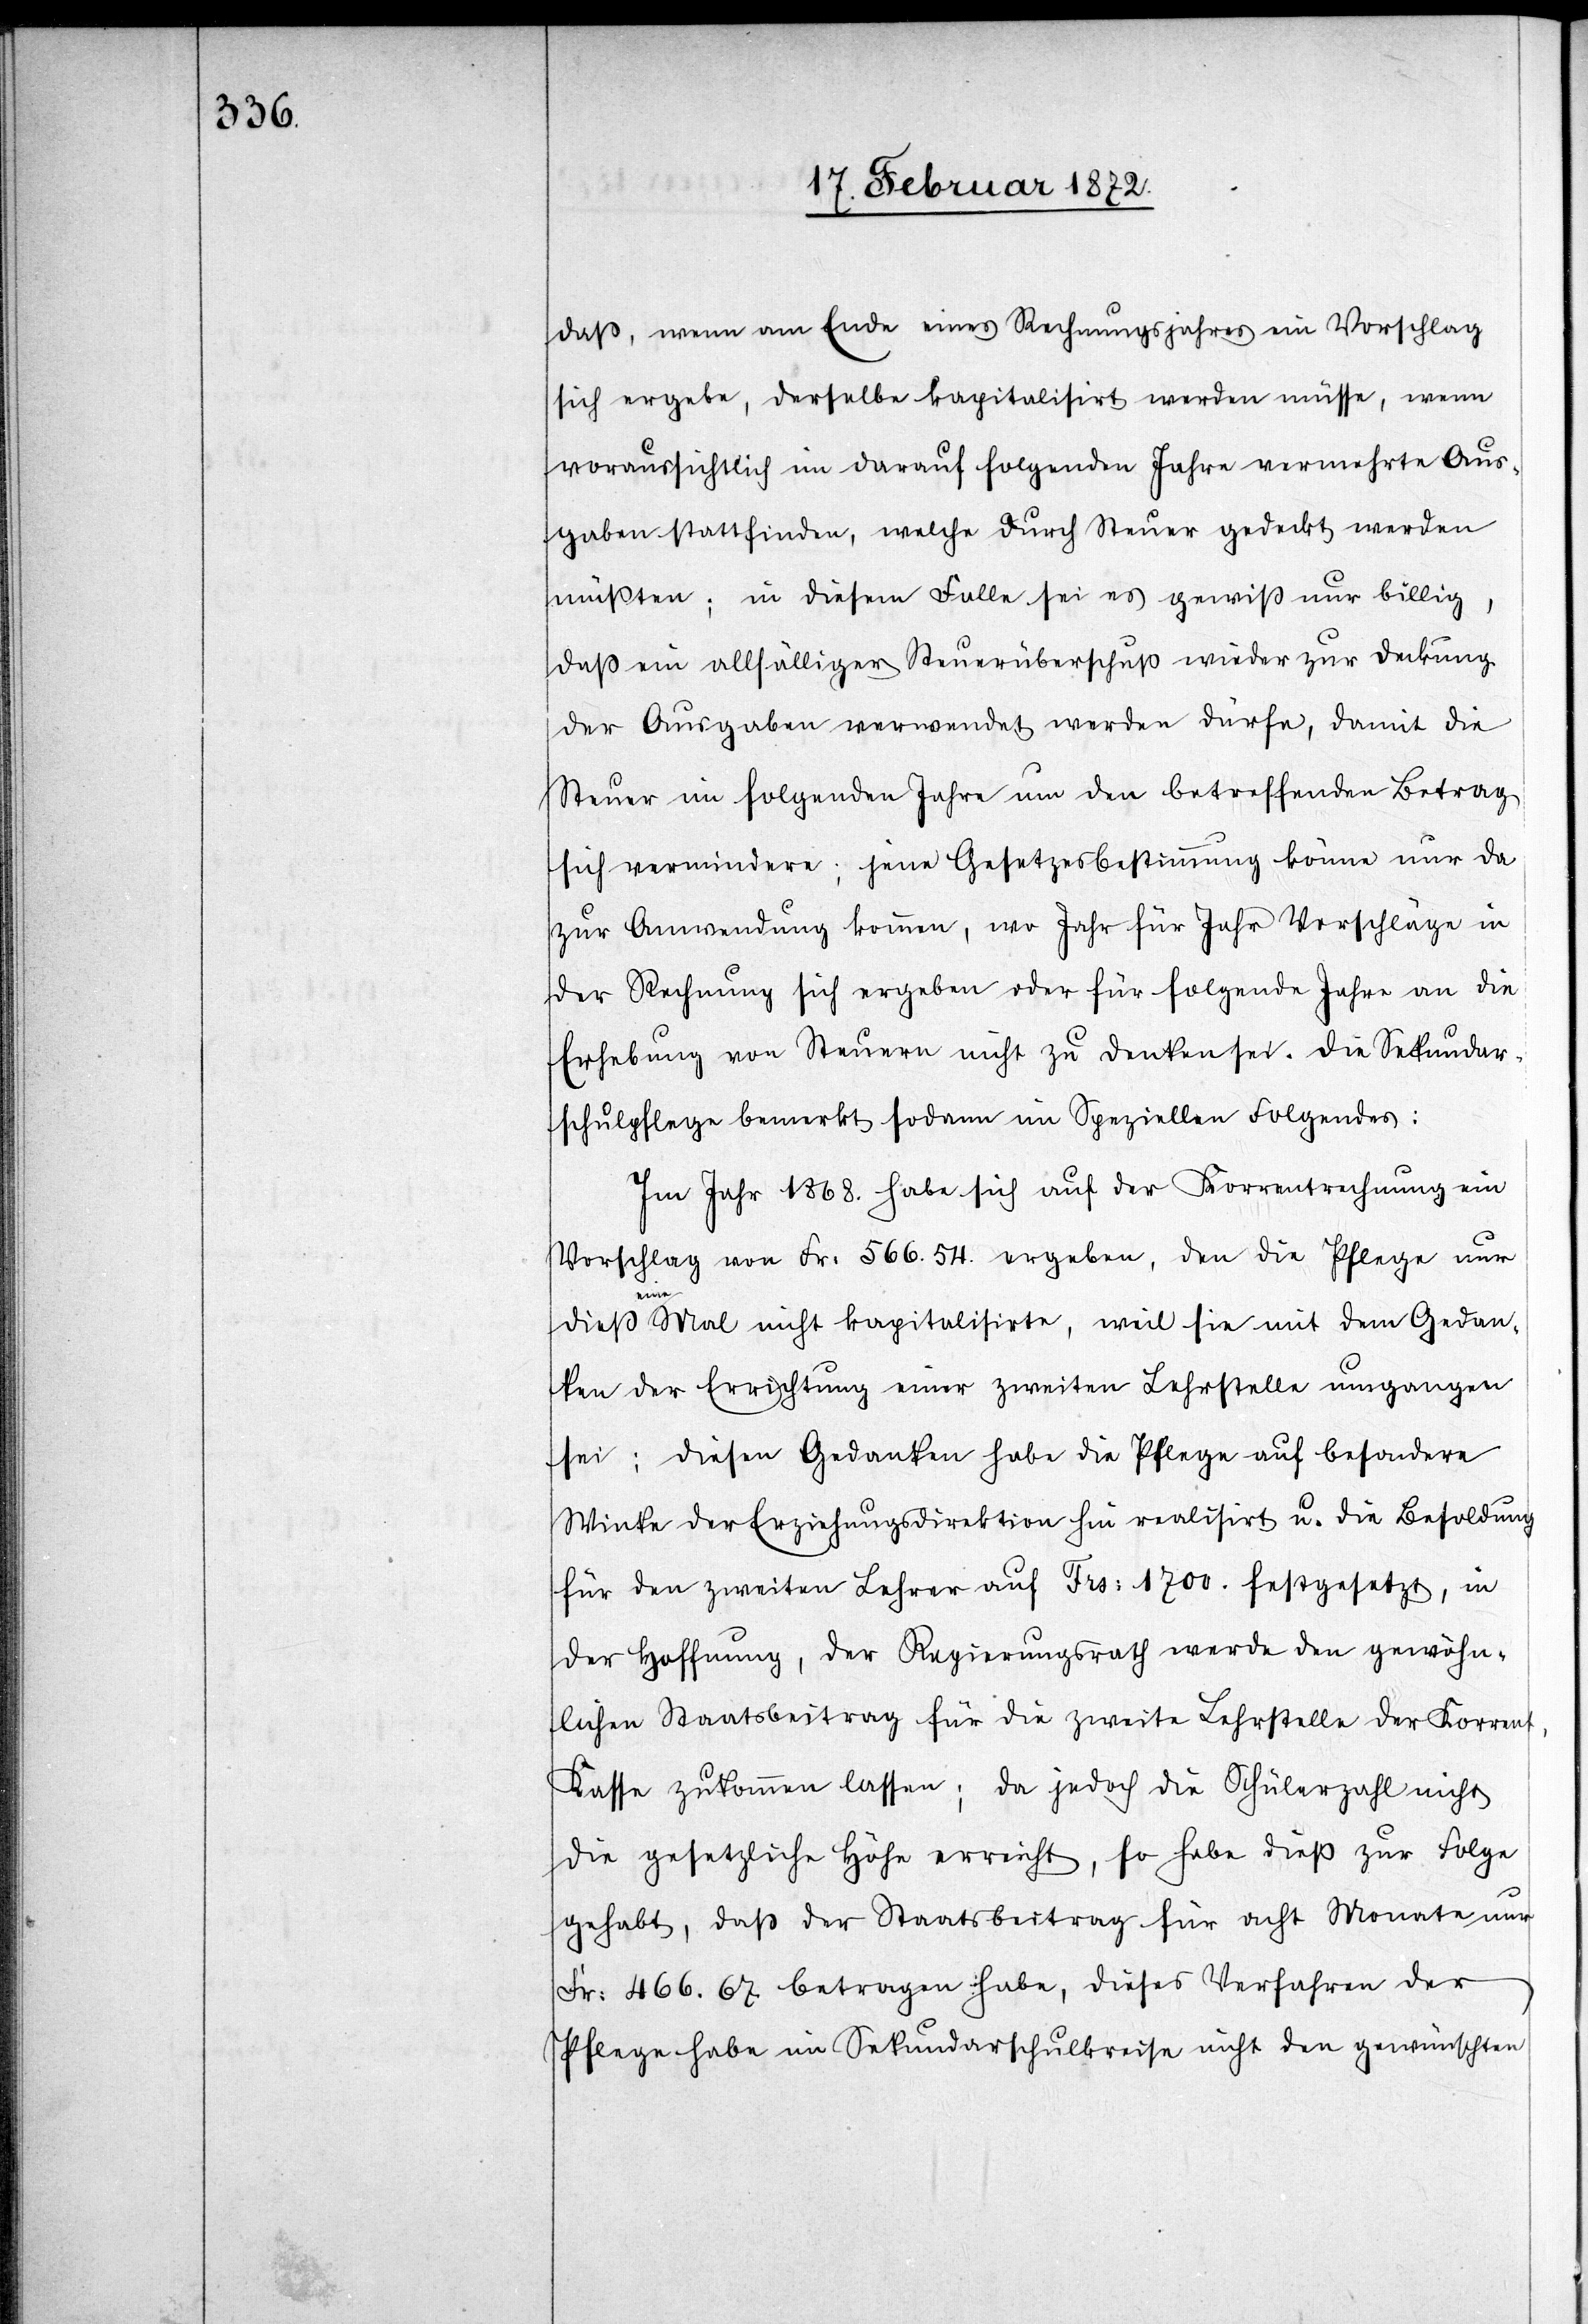
daß, wenn am Ende eines Rechnungsjahres ein Vorschlag
sich ergebe, derselbe kapitalisirt werden müsse, wenn
voraussichtlich im darauf folgenden Jahre vermehrte Aus¬
gaben stattfinden welche durch Steuer gedeckt werden
müßten; in diesem Falle sei es gewiß nur billig,
daß ein allfälliger Steuerüberschuß wieder zur Deckung
der Ausgaben verwendet werden dürfe, damit die
Steuer im folgenden Jahre um den betreffenden Betrag
sich vermindere; jene Gesetzesbestimmung könne nur da
zur Anwendung kommen, wo Jahr für Jahr Vorschläge in
der Rechnung sich ergeben oder für folgenden Jahre an die
Erhebung von Steuer nicht zu denken sei. Die Sekundar¬
schulpflege bemerkt sodann im Speziellen Folgendes:
Im Jahr 1868. habe sich auf der Korrentrechnung ein
Vorschlag von Fr. 566.54. ergeben, den die Pflege nur
dieß
eine Mal nicht kapitalisirte, weil sie mit dem Gedan¬
ken der Errichtung einer zweiten Lehrstelle umgangen
sei; diesen Gedanken habe die Pflege auf besondere
Winke der Erziehungsdirektion hin realisirt u. die Besoldung
für den zweiten Lehrer auf Frs. 1700. festgesetzt, in
der Hoffnung, der Regierungsrath werden den gewöhn¬
lichen Staatsbeitrag für die zweite Lehrstelle der Korren¬
t-Kasse zukommen lassen; da jedoch die Schülerzahl nicht
die gesetzliche Höhe erreicht, so habe dieß zur Folge
gehabt, daß der Staatsbeitrag für acht Monate nur
Fr. 466.67 betragen habe, dieses Verfahren der
Pflege habe im Sekundarschulkreise nicht den gewünschten